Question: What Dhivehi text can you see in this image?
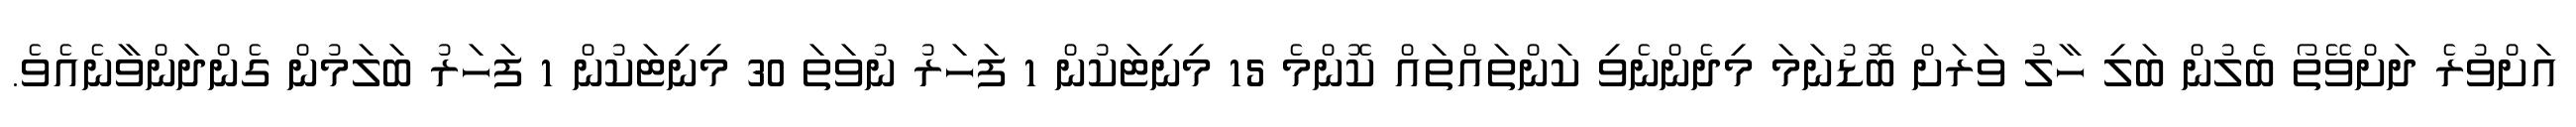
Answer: އަށްވުރެ ދަށްވޭތޯ ބެލުން ބަލި ހާލު ވަރަށް ބޮޑުނަމަ މިދެންނެވި ކަންތައްތައް ކޮންމެ 15 މިނިޓަކުން 1 ފަހަރު ނުވަތަ 30 މިނިޓަކުން 1 ފަހަރު ބަލަމުން ގެންދަންވާނެއެވެ.